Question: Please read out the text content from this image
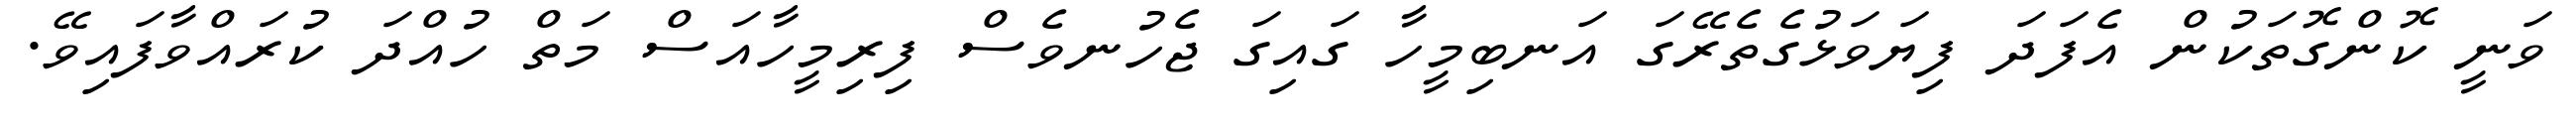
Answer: ވަނީ ކޮންގޮތަކުން އެފަދަ ފިޔަވަޅުގެތެރޭގަ އަނބިމީހާ ގައިގަ ޖެހުނވެސް ފިރިމީހާއަސް މަތް ހުއްދަ ކުރައްވާފައިވޭ.